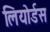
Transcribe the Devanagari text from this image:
लियोर्डस